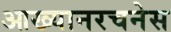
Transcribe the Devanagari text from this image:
आख्यानरचनेस